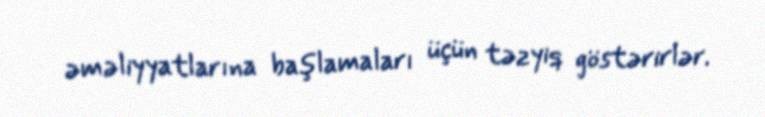
əməliyyatlarına başlamaları üçün təzyiq göstərirlər.